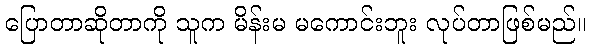
ပြောတာဆိုတာကို သူက မိန်းမ မကောင်းဘူး လုပ်တာဖြစ်မည်။